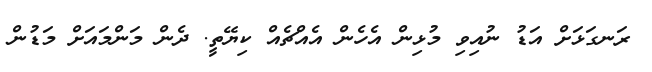
ރަނގަޅަށް އަޑު ނުއިވި މުޅިން އެހެން އެއްޗެއް ކިޔޭތީ. ދެން މަންމައަށް މަޑުން